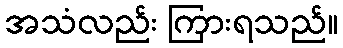
အသံလည်း ကြားရသည်။